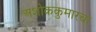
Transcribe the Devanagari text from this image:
अशोककुमारचा